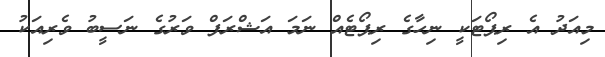
މިއަދު އެ ރިޕޯޓަކީ ނިހާގެ ރިޕޯޓެއް ނަމަ އަޝްރަފް ވަރުގެ ނަސީބު ވެރިއަކު